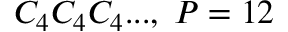
C _ { 4 } C _ { 4 } C _ { 4 } . . . , \; P = 1 2